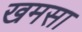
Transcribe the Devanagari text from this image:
खमसा